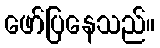
ဖော်ပြနေသည်။